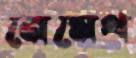
নেমেথ